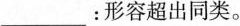
___：形容超出同类。